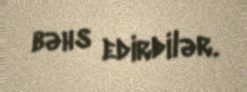
bəhs edirdilər.